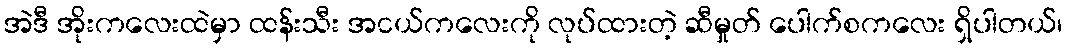
အဲဒီ အိုးကလေးထဲမှာ ထန်းသီး အငယ်ကလေးကို လုပ်ထားတဲ့ ဆီမှုတ် ပေါက်စကလေး ရှိပါတယ်၊